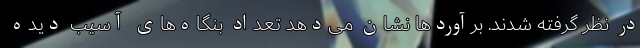
در نظر گرفته شدند. برآوردها نشان می‌دهد تعداد بنگاه‌های آسیب دیده